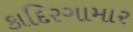
કાદિરગામાર